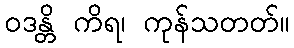
ဝဒန္တိ ကိရ၊ ကုန်သတတ်။